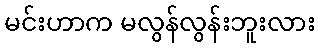
မင်းဟာက မလွန်လွန်းဘူးလား